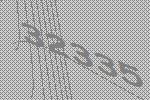
32335